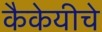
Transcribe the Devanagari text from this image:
कैकेयीचे